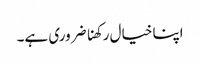
اپنا خیال رکھنا ضروری ہے۔